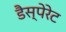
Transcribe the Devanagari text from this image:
डैस्पेरेट